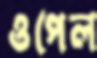
ওপেল